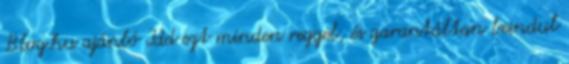
Blog.hu ajánló Idd ezt minden reggel, és garantáltan beindul